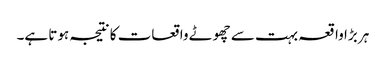
ہر بڑا واقعہ بہت سے چھوٹے واقعات کا نتیجہ ہوتا ہے۔